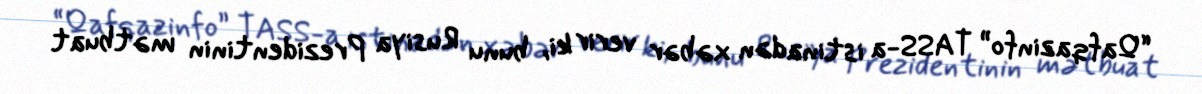
“Qafqazinfo” TASS-a istinadən xəbər verir ki, bunu Rusiya Prezidentinin mətbuat